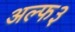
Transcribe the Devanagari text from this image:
अल्फ३